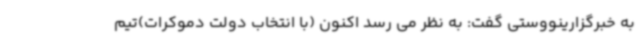
به خبرگزارینووستی گفت: به نظر می رسد اکنون (با انتخاب دولت دموکرات)تیم